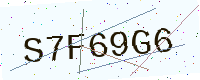
Text: S7F69G6